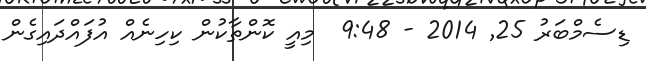
ޑިސެމްބަރު 25